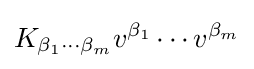
K_{\beta _{1}\cdots \beta _{m}}v^{\beta _{1}}\cdots v^{\beta _{m}}